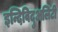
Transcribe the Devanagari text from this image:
इन्दिविदुअलिटी